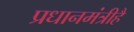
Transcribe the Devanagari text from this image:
प्रधानमंत्रीहै